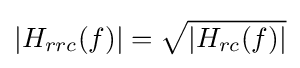
|H_{rrc}(f)|={\sqrt {|H_{rc}(f)|}}